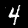
Label: 4